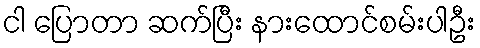
ငါ ပြောတာ ဆက်ပြီး နားထောင်စမ်းပါဦး